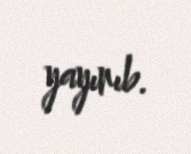
yayınıb.